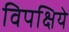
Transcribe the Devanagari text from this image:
विपक्षिये